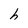
Character: h